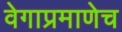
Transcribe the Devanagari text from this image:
वेगाप्रमाणेच